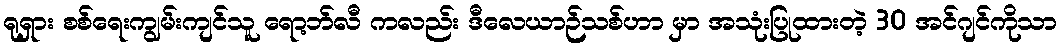
ရုရှား စစ်ရေးကျွမ်းကျင်သူ ရော့ဘ်လီ ကလည်း ဒီလေယာဉ်သစ်ဟာ မှာ အသုံးပြုထားတဲ့ 30 အင်ဂျင်ကိုသာ